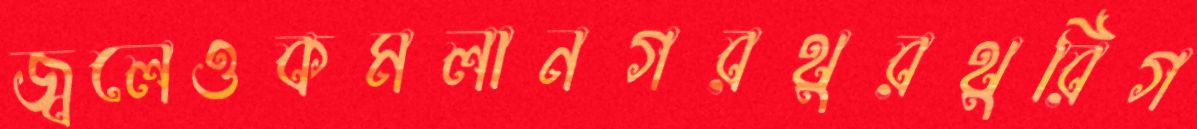
জ্বলেওকমলানগরথুরথুরিগ